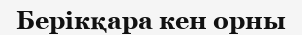
Берікқара кен орны